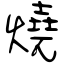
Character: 燒